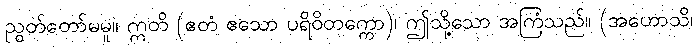
ညွတ်တော်မမူ။ ဣတိ (ဧတံ ဧသော ပရိဝိတက္ကော)၊ ဤသို့သော အကြံသည်။ (အဟောသိ၊